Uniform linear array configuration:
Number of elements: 48
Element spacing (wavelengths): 0.25
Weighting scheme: cosine
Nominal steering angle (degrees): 60
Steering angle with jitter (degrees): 58.091
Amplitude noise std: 0.05
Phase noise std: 0.05

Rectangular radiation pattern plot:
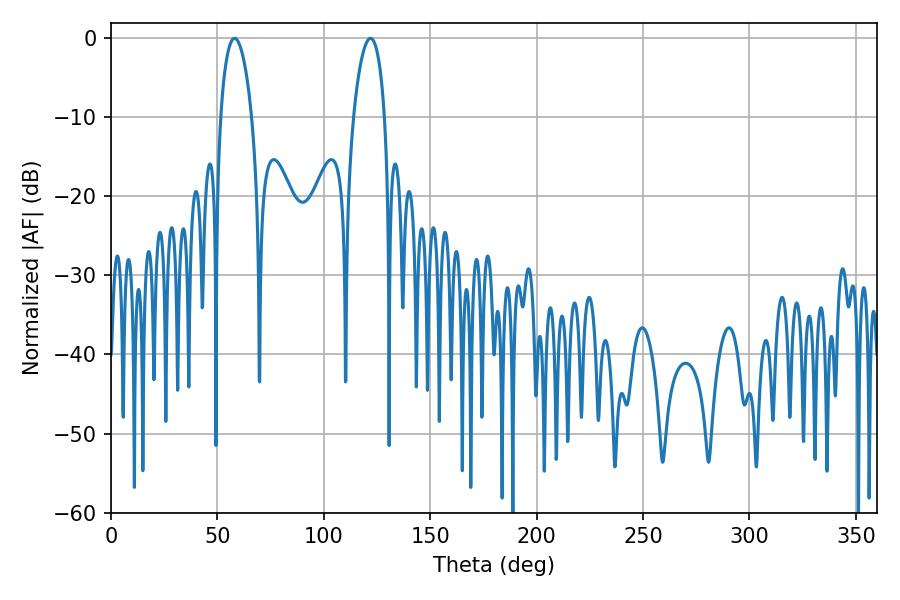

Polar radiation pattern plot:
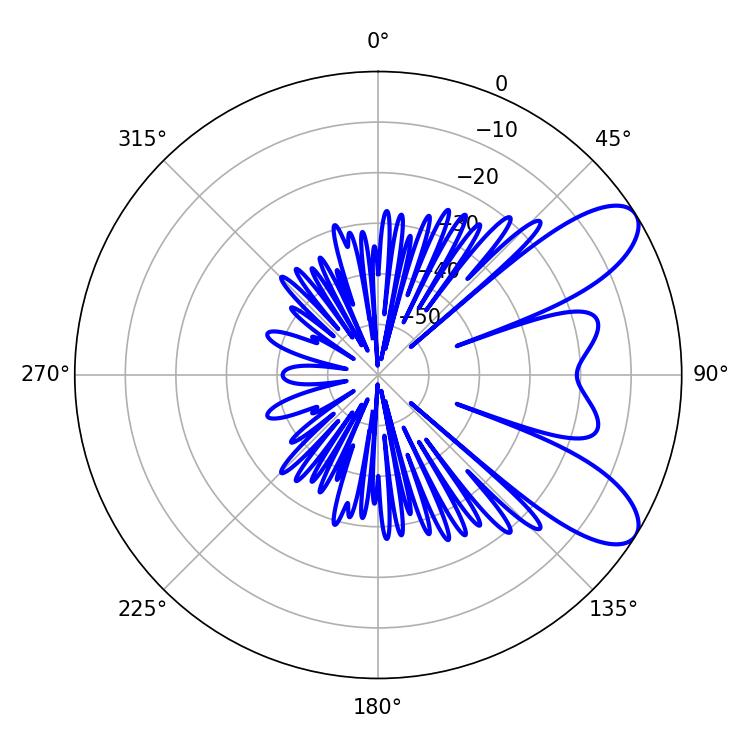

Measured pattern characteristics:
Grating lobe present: FALSE
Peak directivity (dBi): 8.627
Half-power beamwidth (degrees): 8.28
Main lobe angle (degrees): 58.14